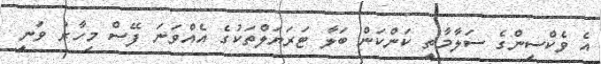
އެ ވެކްސިންގެ ސަލާމާތީ ކަންކަން ބަލާ ޓަރަޔަލްތަކުގެ އެއްވަނަ ފޭސް މިހާރު ވަނީ